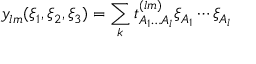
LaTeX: y _ { l m } ( \xi _ { 1 } , \xi _ { 2 } , \xi _ { 3 } ) = \sum _ { k } t _ { A _ { 1 } \ldots A _ { l } } ^ { ( l m ) } \xi _ { A _ { 1 } } \cdots \xi _ { A _ { l } } \,